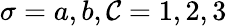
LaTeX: \sigma=a,b,\mathcal{C}=1,2,3